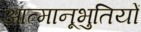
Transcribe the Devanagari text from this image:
आत्मानूभुतियों